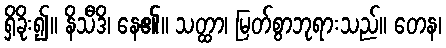
ရှိခိုး၍။ နိသီဒိ၊ နေ၏။ သတ္ထာ၊ မြတ်စွာဘုရားသည်။ တေန၊